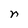
Character: n